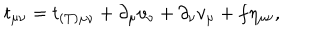
t _ { \mu \nu } = t _ { ( T ) \mu \nu } + \partial _ { \mu } v _ { \nu } + \partial _ { \nu } v _ { \mu } + f \eta _ { \mu \nu } ,